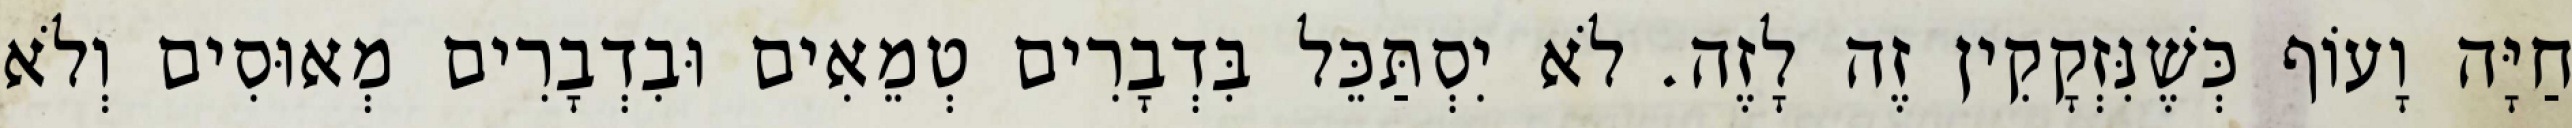
חַיָּה וָעוֹף כְּשֶׁנִּזְקָקִין זֶה לָזֶה. לֹא יִסְתַּכֵּל בִּדְבָרִים טְמֵאִים וּבִדְבָרִים מְאוּסִים וְלֹא